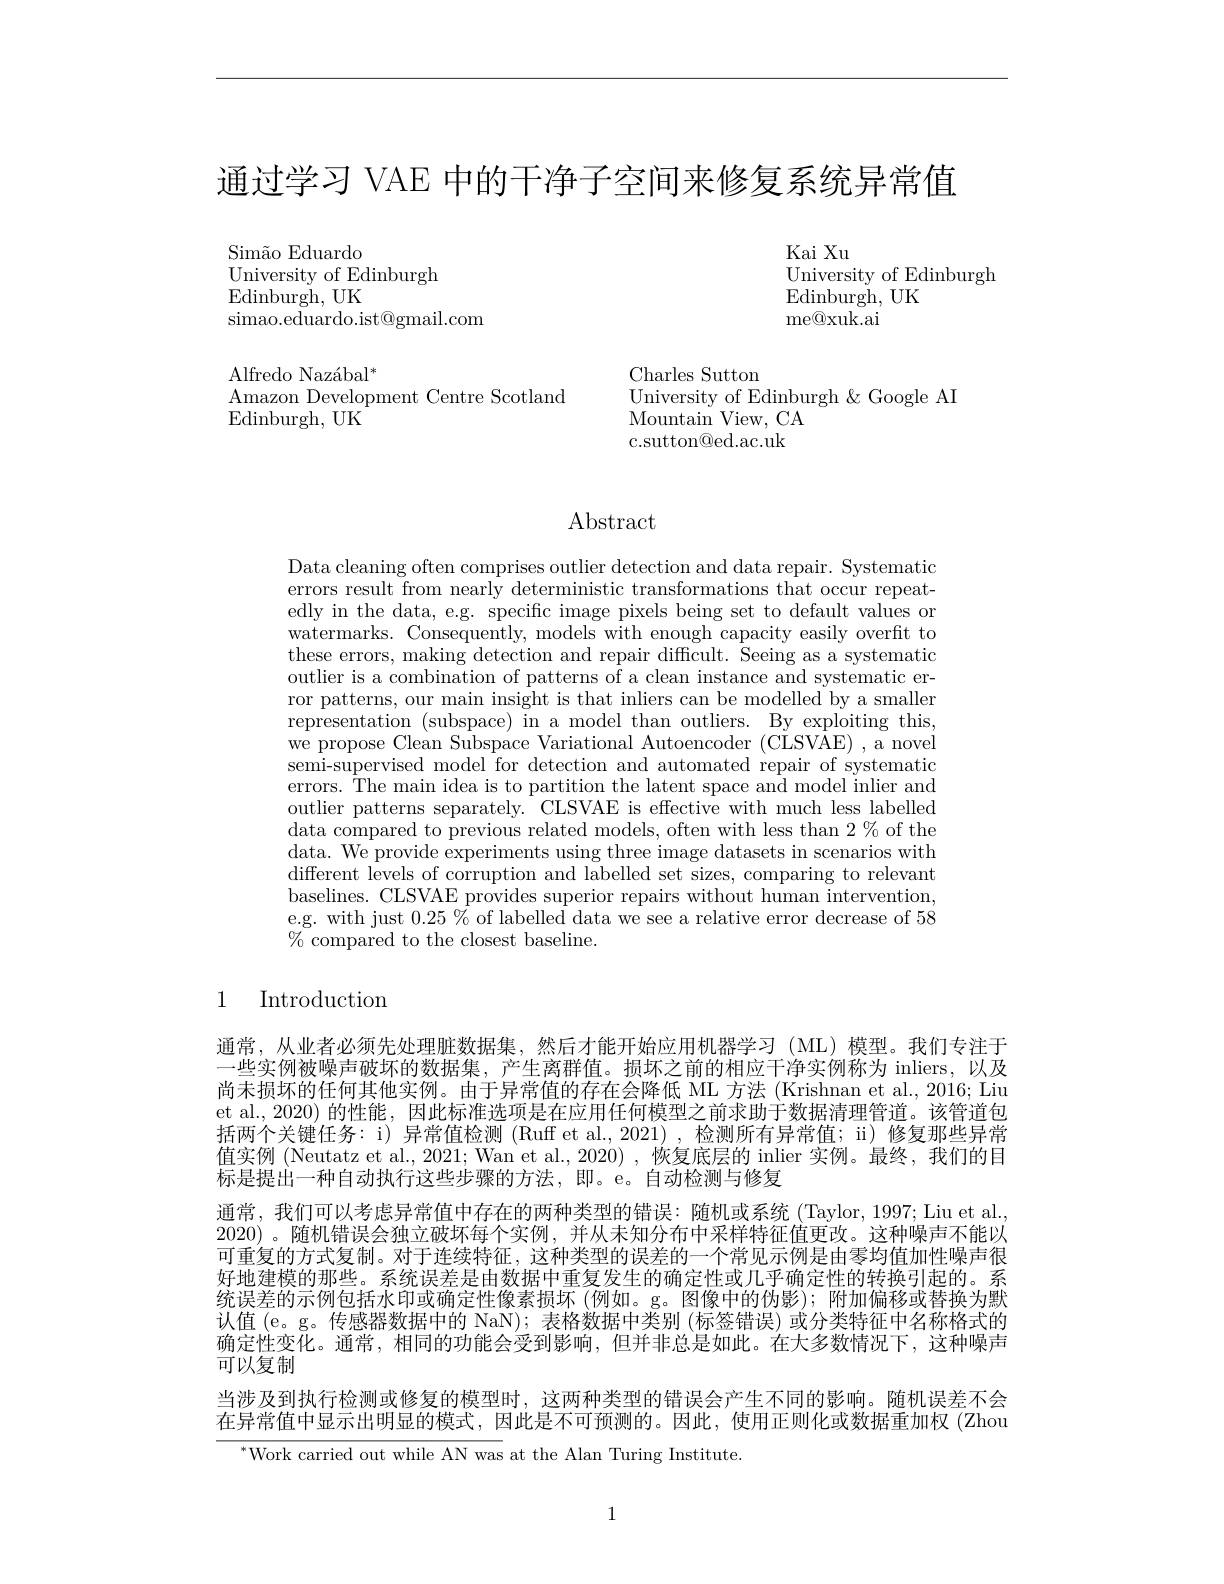
通过学习 VAE 中的干净子空间来修复系统异常值

Kai Xu
University of Edinburgh
Edinburgh, UK
me@ xuk. ai

Simão Eduardo
University of Edinburgh
Edinburgh, UK
simao.eduardo.ist@gmail.com

Alfredo Nazábal$^*$
Amazon Development Centre Scotland
$\operatorname{Edinburgh,UK}$

Charles Sutton
University of Edinburgh &Google AI
Mountain View, CA c.sutton@ed.ac.uk

## Abstract

Data cleaning often comprises outlier detection and data repair. Systematic errors result from nearly deterministic transformations that occur repeatedly in the data, e.g. specific image pixels being set to default values or watermarks. Consequently, models with enough capacity easily overfit to these errors, making detection and repair difficult. Seeing as a systematic outlier is a combination of patterns of a clean instance and systematic error patterns, our main insight is that inliers can be modelled by a smaller representation (subspace) in a model than outliers. By exploiting this, we propose Clean Subspace Variational Autoencoder (CLSVAE) , a novel semi-supervised model for detection and automated repair of systematic errors. The main idea is to partition the latent space and model inlier and outlier patterns separately. CLSVAE is effective with much less labelled $\bar{\text{data compared to previous related models, often with less than 2 \% of the}}$ data. We provide experiments using three image datasets in scenarios with different levels of corruption and labelled set sizes, comparing to relevant baselines. CLSVAE provides superior repairs without human intervention, e.g. with just $0.25\%$ of labelled data we see a relative error decrease of 58 $\%$compared to the closest baseline.

## 1 Introduction

通常，从业者必须先处理脏数据集，然后才能开始应用机器学习(ML)模型。我们专注于一些实例被噪声破坏的数据集，产生离群值。损坏之前的相应干净实例称为 inliers,以及尚未损坏的任何其他实例。由于异常值的存在会降低 ML 方法 (Krishnan et al., 2016; Liu et al.,2020) 的性能，因此标准选项是在应用任何模型之前求助于数据清理管道。该管道包括两个关键任务：i) 异常值检测 (Ruff et al.,2021) ,检测所有异常值；ii) 修复那些异常值实例 (Neutatz et al., 2021; Wan et al., 2020) , 恢复底层的 inlier 实例。最终，我们的目标是提出一种自动执行这些步骤的方法，即。e。自动检测与修复
通常，我们可以考虑异常值中存在的两种类型的错误：随机或系统 (Taylor,1997;Liu et al. 2020)。随机错误会独立破坏每个实例，并从未知分布中采样特征值更改。这种噪声不能以可重复的方式复制。对于连续特征，这种类型的误差的一个常见示例是由零均值加性噪声很好地建模的那些。系统误差是由数据中重复发生的确定性或几乎确定性的转换引起的。系统误差的示例包括水印或确定性像素损坏 (例如。g。图像中的伪影);附加偏移或替换为默认值 (e。g。传感器数据中的 NaN); 表格数据中类别 (标签错误) 或分类特征中名称格式的确定性变化。通常，相同的功能会受到影响，但并非总是如此。在大多数情况下，这种噪声可以复制
当涉及到执行检测或修复的模型时，这两种类型的错误会产生不同的影响。随机误差不会在异常值中显示出明显的模式，因此是不可预测的。因此，使用正则化或数据重加权(Zhou
$^{*}$Work carried out while AN was at the Alan Turing Institute.

1